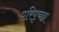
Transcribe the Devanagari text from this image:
परिपृच्छा